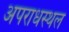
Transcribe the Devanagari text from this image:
अपराधस्थल